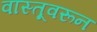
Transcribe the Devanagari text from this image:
वास्तूवरून